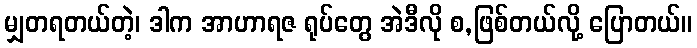
မျှတရတယ်တဲ့၊ ဒါက အာဟာရဇ ရုပ်တွေ အဲဒီလို စ,ဖြစ်တယ်လို့ ပြောတယ်။